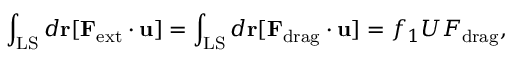
\int _ { \mathrm { L S } } d { \bf r } [ { \bf F } _ { \mathrm { e x t } } \cdot { \bf u } ] = \int _ { \mathrm { L S } } d { \bf r } [ { \bf F } _ { \mathrm { d r a g } } \cdot { \bf u } ] = f _ { 1 } U F _ { \mathrm { d r a g } } ,